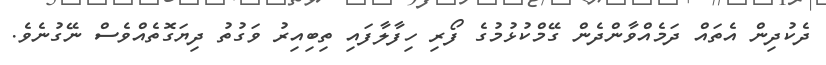
ދެކުދިން އެތައް ދަމެއްވާންދެން ގޭމްކުޅުމުގެ ފޯރި ހިފާލާފައި ތިބިއިރު ވަގުތު ދިޔަގޮތެއްވެސް ނޭގުނެވެ.